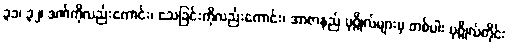
၃၁၊ ၃၂၊ ဒဏ်ကိုလည်းကောင်း၊ သေခြင်းကိုလည်းကောင်း၊ အာဇာနည် ပုဂ္ဂိုလ်များမှ တစ်ပါး ပုဂ္ဂိုလ်တိုင်း